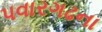
પવારગઢના